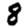
Digit: 8